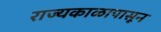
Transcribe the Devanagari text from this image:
राज्यकाळापासून